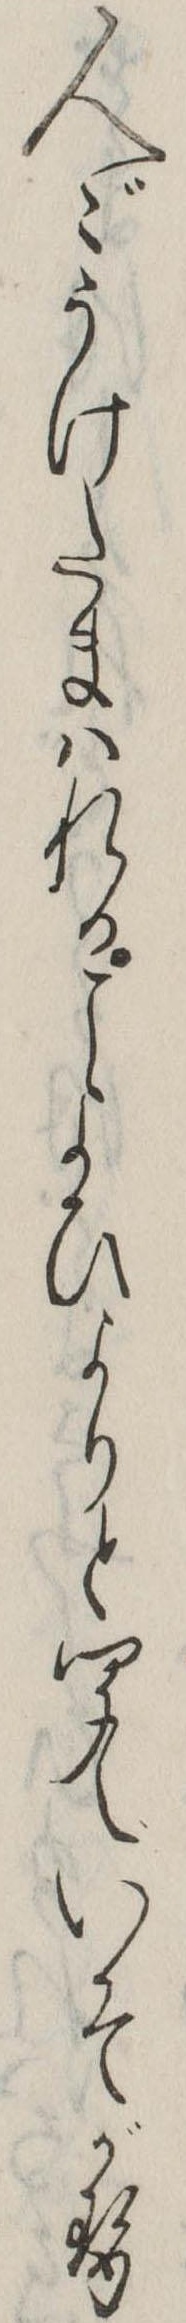
人々うけたまはれるこよひよりと聞えいそがせ